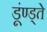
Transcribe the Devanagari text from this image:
डूंण्ड्ते